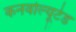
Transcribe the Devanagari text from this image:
कनवोल्यूटेड